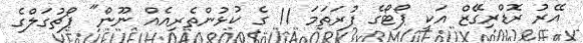
އޭރު ރޮޑްރިގޭޒް އަކީ ޕޯޓޯގެ ފުރަތަމަ 11 ގެ ކުޅުންތެރިއެއް ނޫން" ޕޯޗުގަލްގެ